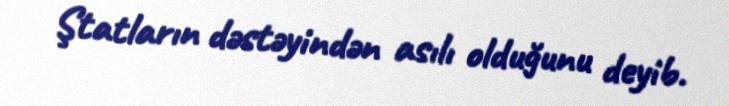
Ştatların dəstəyindən asılı olduğunu deyib.